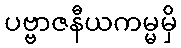
ပဗ္ဗာဇနီယကမ္မမှိ